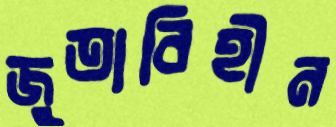
জুতাবিহীন